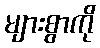
များစွာကို